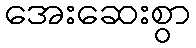
အေးဆေးစွာ